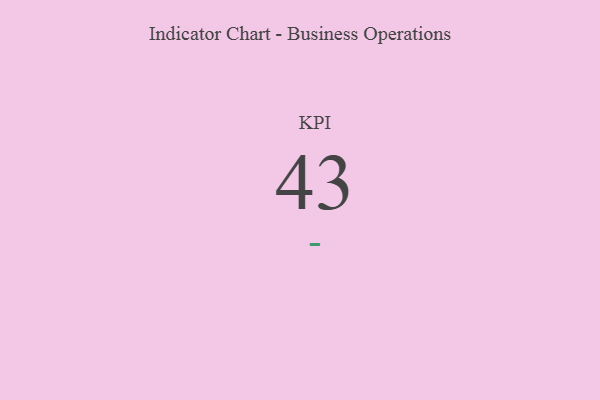
{"axis": {"x": "KPI", "y": "Value"}, "legend": [""], "data": [{"x": "KPI", "y": 43, "type": ""}]}